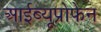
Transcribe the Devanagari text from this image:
आईब्यूप्रोफेन